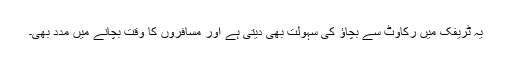
یہ ٹریفک میں رکاوٹ سے بچاؤ کی سہولت بھی دیتی ہے اور مسافروں کا وقت بچانے میں مدد بھی۔